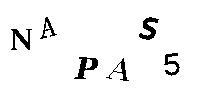
NAPAS5